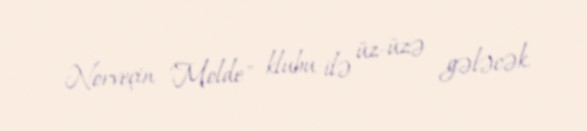
Norveçin 'Molde" klubu ilə üz-üzə gələcək.